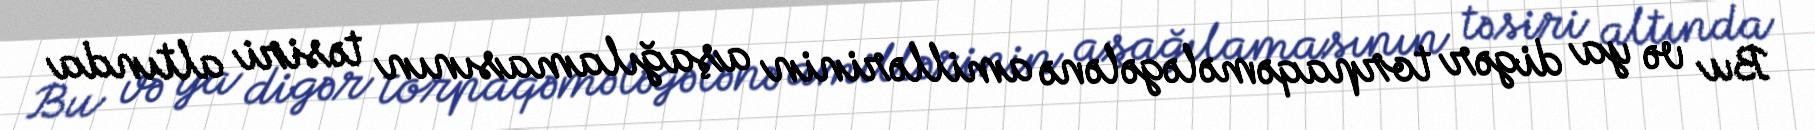
Bu və ya digər torpaqəmələgələnə amillərinin aşağılamasının təsiri altında